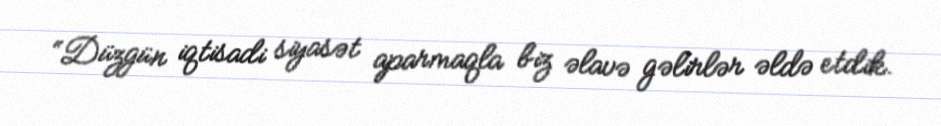
“Düzgün iqtisadi siyasət aparmaqla biz əlavə gəlirlər əldə etdik.